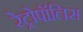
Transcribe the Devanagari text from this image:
रेट्रोपॉलिस